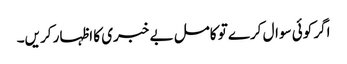
اگر کوئی سوال کرے تو کامل بے خبری کا اظہار کریں۔